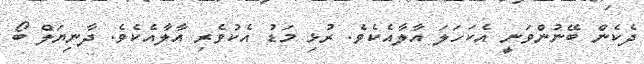
ދެކެން ބޭނުންވަނީ އެކަހަލަ އާލާއެކެވެ. ރުޅި މަޑު އެކުވެރި އާލާއެކެވެ. ދާނިޔަލް ބޯ